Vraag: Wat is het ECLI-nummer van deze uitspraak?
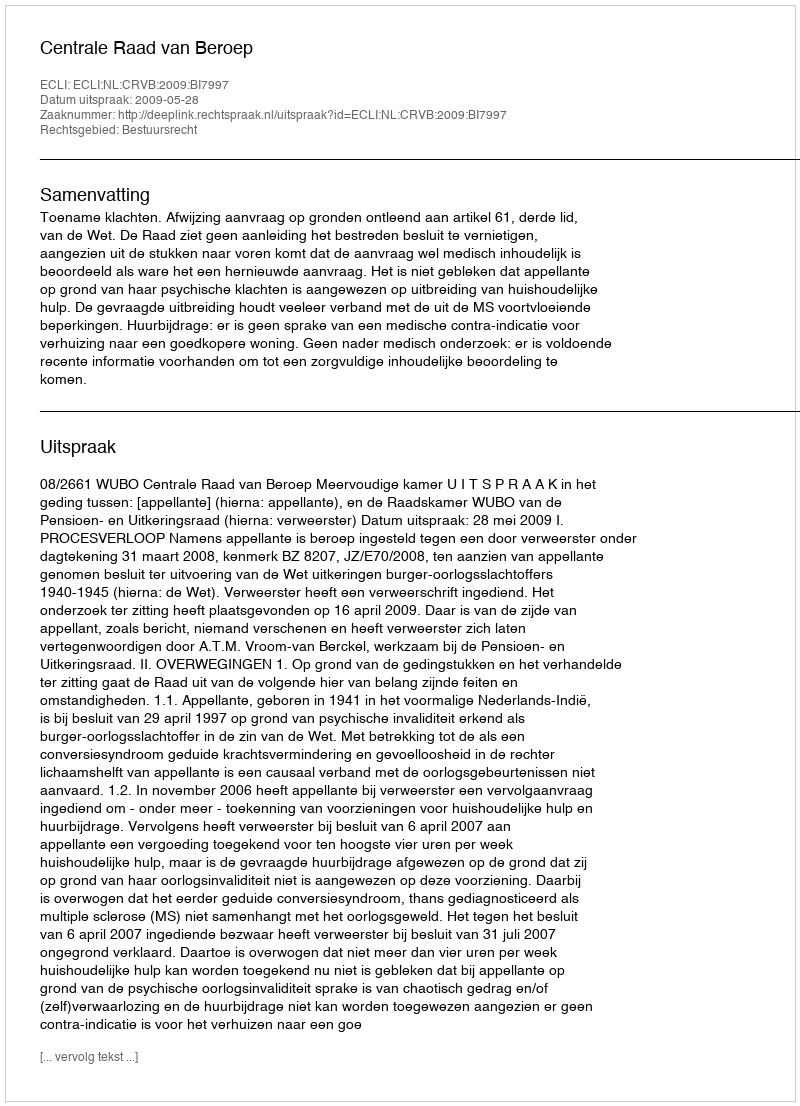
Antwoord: ECLI:NL:CRVB:2009:BI7997